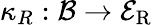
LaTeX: \kappa_{R}:\mathcal{B}\to\mathcal{E}_{\mathrm{R}}